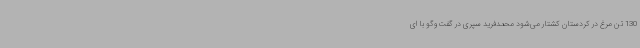
130 تن مرغ در کردستان کشتار می‌شود محمدفرید سپری در گفت‌وگو با ای